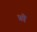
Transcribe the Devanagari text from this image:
फ़ौं